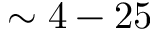
\sim 4 - 2 5